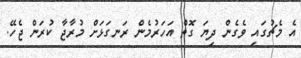
އެ މެޗުގައި ވެގެން ދިޔަ ގޮތް އަހަރުމެން ރަނގަޅަށް މުރާޖާ ކުރަން ޖެހޭ.